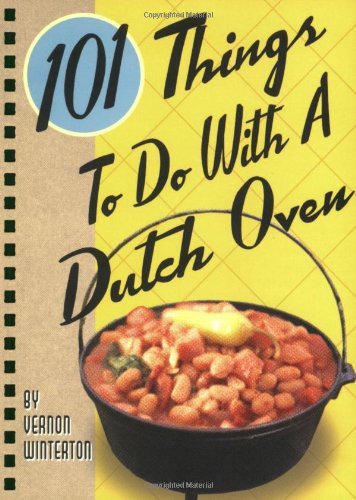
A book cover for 101 Things to Do with a Dutch Oven; Vernon Winterton; Cookbooks, Food & Wine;